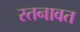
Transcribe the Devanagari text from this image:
रतनावत